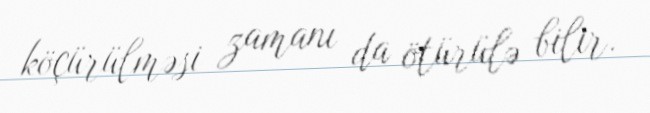
köçürülməsi zamanı da ötürülə bilir.